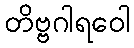
တိဗ္ဗဂါရဝေါ